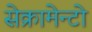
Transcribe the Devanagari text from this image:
सेक्रामेन्टो